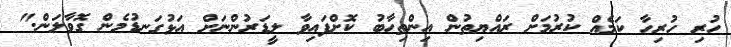
ހުރި ހުރިހާ ކަމެއް ކުރުމަށް ރައްޔިތުން އިންތިހާބު ކޮށްފައިވާ ލީޑަރުންނަށް އަޅުގަނޑުމެން ގޮވާލަން."